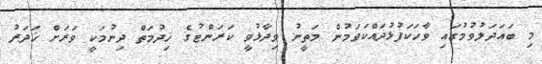
މި ބައަދަލުވުމުގައި ވާހަކަފުޅުދައްކަވަމުން މަތީނު ވިދާޅުވީ ކަރަންޓުގެ ޚިދުމަތް ދިނުމަކީ ވަރަށް ޚަދަރު